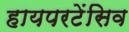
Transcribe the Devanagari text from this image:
हायपरटेंसिव